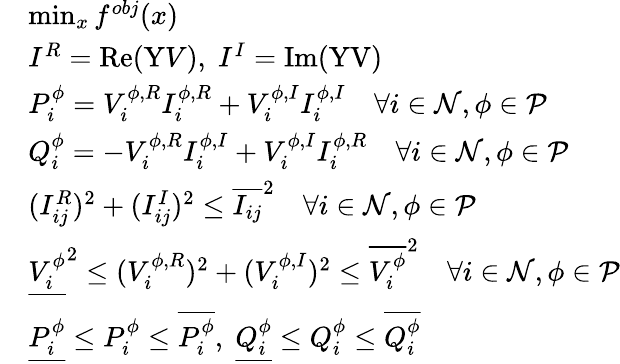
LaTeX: \begin{array}{rl}&{\operatorname*{min}_{x}f^{obj}(x)}\\ &{I^{R}=\operatorname{Re}(\mathrm{Y}V),\; I^{I}=\operatorname{Im}(\mathrm{YV})}\\ &{P_{i}^{\phi}=V_{i}^{\phi,R}I_{i}^{\phi,R}+V_{i}^{\phi,I}I_{i}^{\phi,I}\quad\forall i\in\mathcal{N},\phi\in\mathcal{P}}\\ &{Q_{i}^{\phi}=-V_{i}^{\phi,R}I_{i}^{\phi,I}+V_{i}^{\phi,I}I_{i}^{\phi,R}\quad\forall i\in\mathcal{N},\phi\in\mathcal{P}}\\ &{(I_{ij}^{R})^{2}+(I_{ij}^{I})^{2}\le\overline{{I_{ij}}}^{2}\quad\forall i\in\mathcal{N},\phi\in\mathcal{P}}\\ &{\underline{{{V_{i}^{\phi}}}}^{2}\le({V_{i}^{\phi,R}})^{2}+({V_{i}^{\phi,I}})^{2}\le\overline{{V_{i}^{\phi}}}^{2}\quad\forall i\in\mathcal{N},\phi\in\mathcal{P}}\\ &{\underline{{P_{i}^{\phi}}}\leq P_{i}^{\phi}\leq\overline{{P_{i}^{\phi}}},\; \underline{{Q_{i}^{\phi}}}\leq Q_{i}^{\phi}\leq\overline{{Q_{i}^{\phi}}}}\end{array}